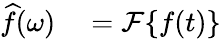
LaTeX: \begin{array}{rl}{{\widehat{f}}(\omega)}&{{}={\mathcal{F}}\{ f(t)\} }\end{array}